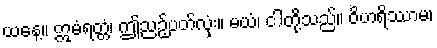
ယနေ့။ ဣမံရတ္တံ၊ ဤညဉ့်ပတ်လုံး။ မယံ၊ ငါတို့သည်။ ဝိဟရိဿာမ၊